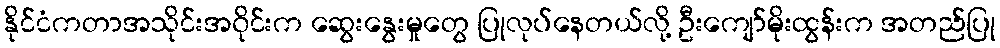
နိုင်ငံကတာအသိုင်းအ၀ိုင်းက ဆွေးနွေးမှုတွေ ပြုလုပ်နေတယ်လို့ ဦးကျော်မိုးထွန်းက အတည်ပြု